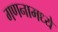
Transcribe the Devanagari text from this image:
गणनामध्ये